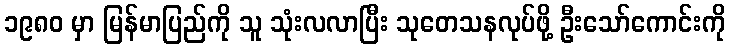
၁၉၈၀ မှာ မြန်မာပြည်ကို သူ သုံးလလာပြီး သုတေသနလုပ်ဖို့ ဦးသော်ကောင်းကို